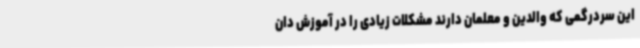
این سردرگمی که والدین و معلمان دارند مشکلات زیادی را در آموزش دان